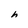
Character: h